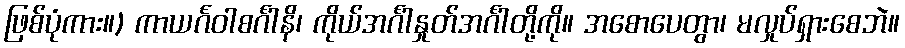
ဖြစ်ပုံကား။) ကာယင်္ဂဝါစင်္ဂါနိ၊ ကိုယ်အင်္ဂါနှုတ်အင်္ဂါတို့ကို။ အစောပေတွာ၊ မလှုပ်ရှားစေဘဲ။